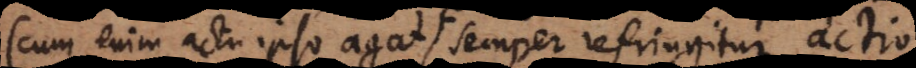
(cum enim actu ipso agat, semper refringitur actio